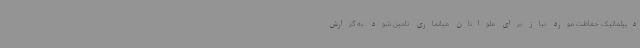
دیپلماتیک حفاظت مورد نیاز برای ملوانان میانماری تامین شود. به گزارش